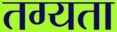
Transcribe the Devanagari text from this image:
तग्यता